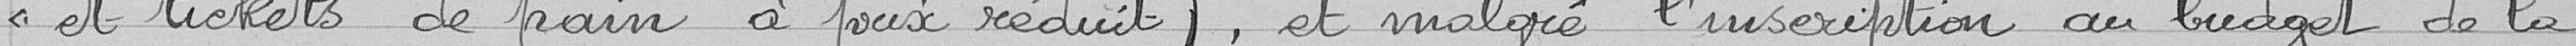
et tickets de pain à prix réduit), et malgré l'inscription au budget de la